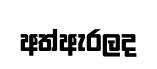
අත්ඇරලද